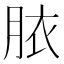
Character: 𭨳